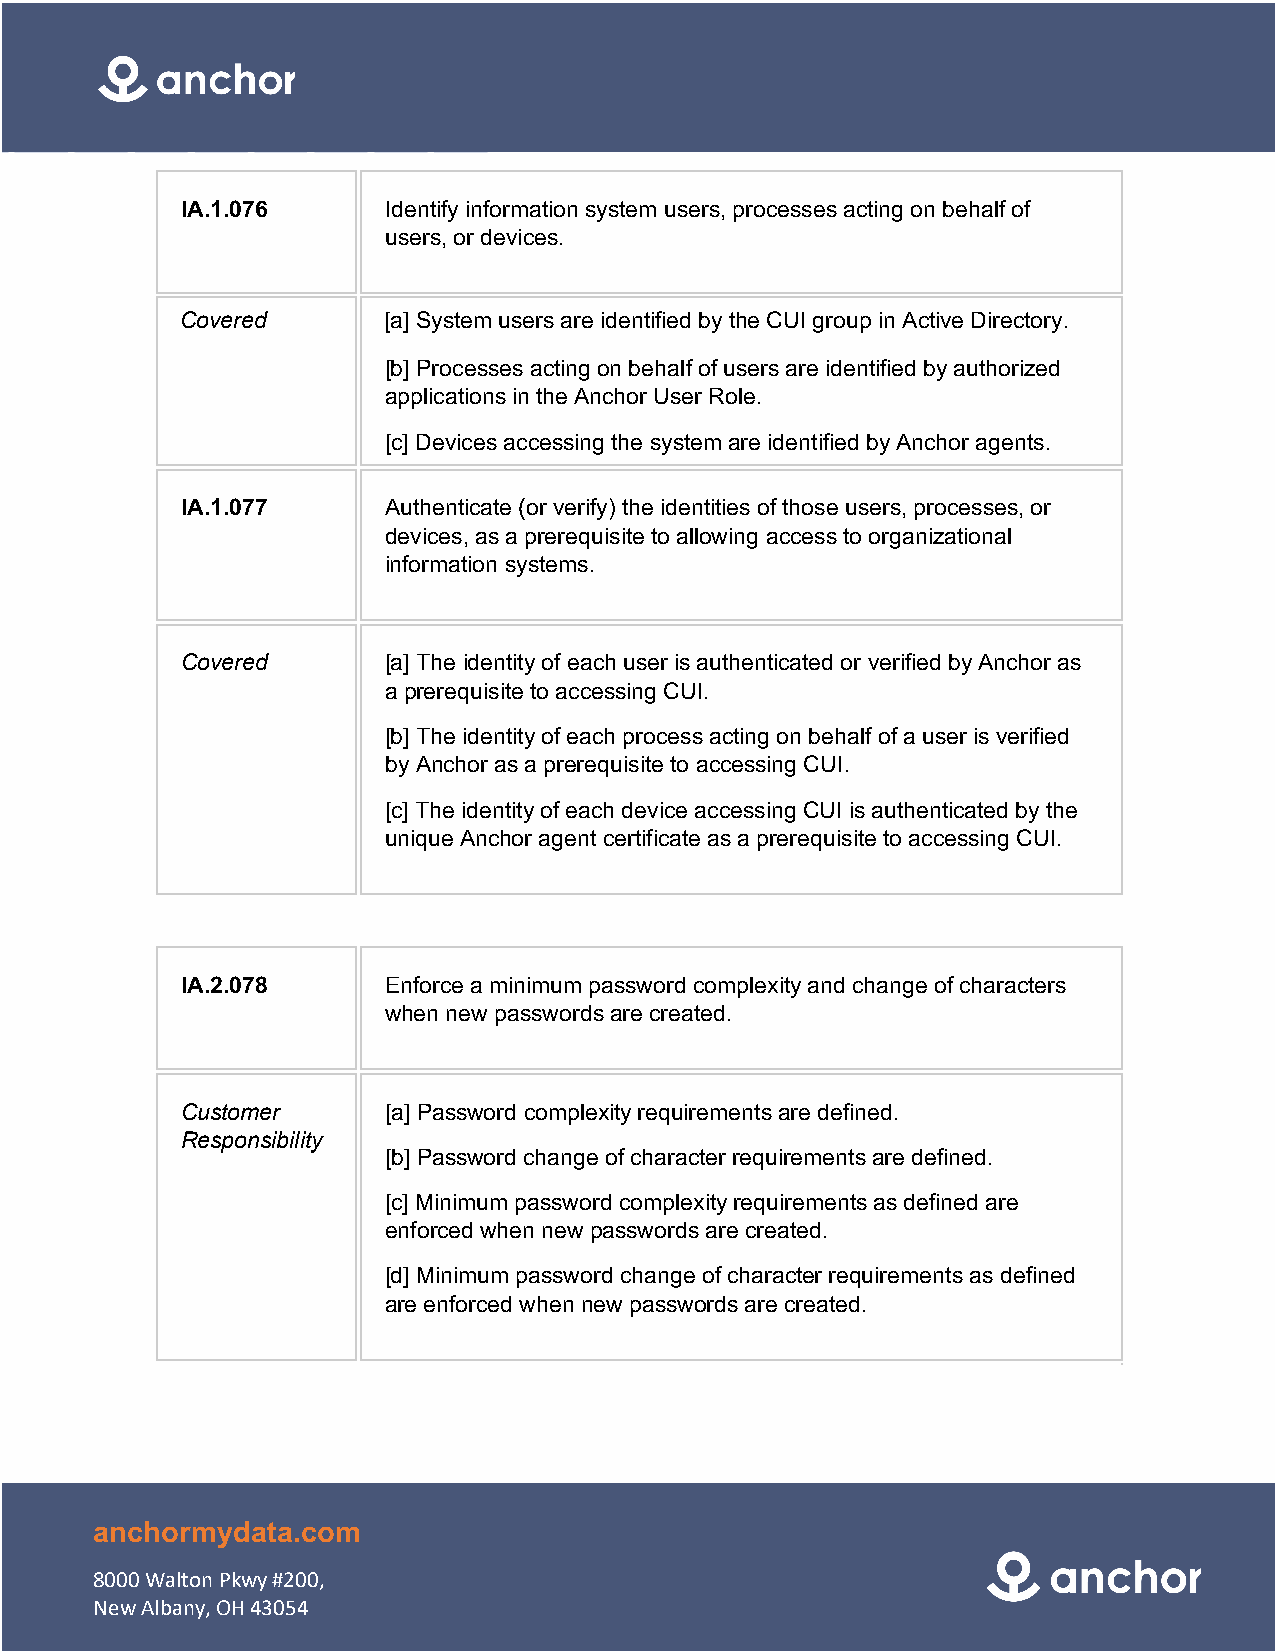
IA.1.076     Identify information system users, processes acting on behalf of
 users, or devices.
 Covered      [a] System users are identified by the CUI group in Active Directory.
 [b] Processes acting on behalf of users are identified by authorized
 applications in the Anchor User Role.
 [c] Devices accessing the system are identified by Anchor agents.
 IA.1.077     Authenticate (or verify) the identities of those users, processes, or
 devices, as a prerequisite to allowing access to organizational
 information systems.
 Covered      [a] The identity of each user is authenticated or verified by Anchor as
 a prerequisite to accessing CUI.
 [b] The identity of each process acting on behalf of a user is verified
 by Anchor as a prerequisite to accessing CUI.
 [c] The identity of each device accessing CUI is authenticated by the
 unique Anchor agent certificate as a prerequisite to accessing CUI.
 IA.2.078     Enforce a minimum password complexity and change of characters
 when new passwords are created.
 Customer     [a] Password complexity requirements are defined.
 Responsibility
 [b] Password change of character requirements are defined.
 [c] Minimum password complexity requirements as defined are
 enforced when new passwords are created.
 [d] Minimum password change of character requirements as defined
 are enforced when new passwords are created.
 anchormydata.com
 8000 Walton Pkwy #200,
 New Albany, OH 43054